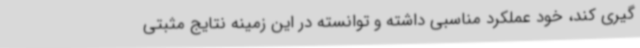
گیری کند، خود عملکرد مناسبی داشته و توانسته در این زمینه نتایج مثبتی